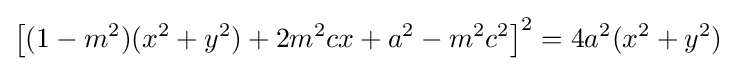
\left[(1-m^{2})(x^{2}+y^{2})+2m^{2}cx+a^{2}-m^{2}c^{2}\right]^{2}=4a^{2}(x^{2}+y^{2})